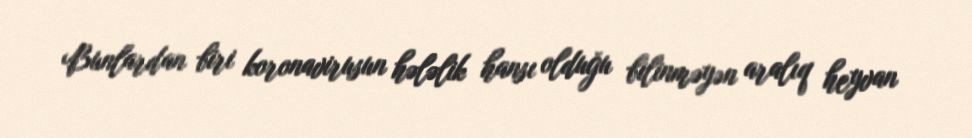
Bunlardan biri koronavirusun hələlik hansı olduğu bilinməyən aralıq heyvan